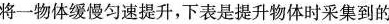
将一物体缓慢匀速提升，下表是提升物体时采集到的